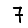
Digit: 7